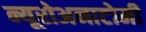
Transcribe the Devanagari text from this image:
न्यूरोअनाटोमी